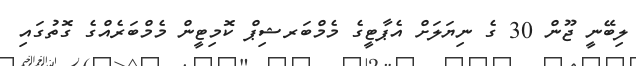
ލިބޭނީ ޖޫން 30 ގެ ނިޔަލަށް އެޕާޓީގެ މެމްބަރޝިޕް ކޮމިޓީން މެމްބަރެއްގެ ގޮތުގައި